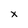
Character: x